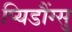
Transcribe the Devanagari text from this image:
प्यिडौंग्सु